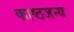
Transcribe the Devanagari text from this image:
काष्ठजन्य